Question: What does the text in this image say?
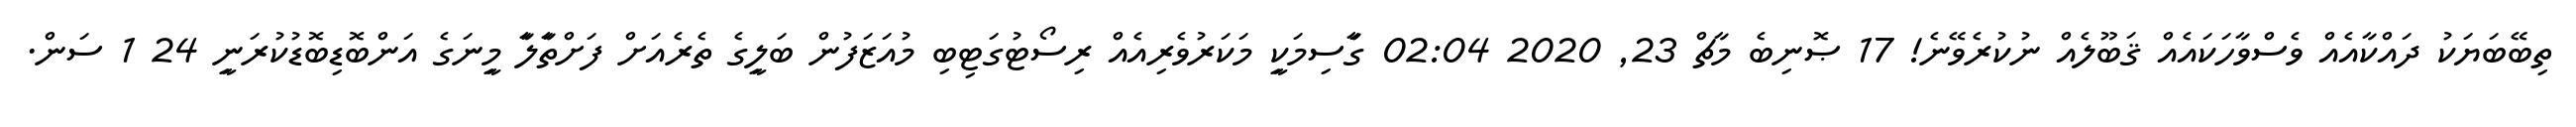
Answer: ތިބޭބަޔަކު ދައްކާއެއް ވެސްވާހަކައެއް ޤަބޫލެއް ނުކުރެވޭނެ! 17 ޞޮނިބެ މާޗް 23, 2020 02:04 ގަާސިމަކިީ މަކަރުވެރިއެއް ރިސޯޓުގަޓިބި މުއަޒަފުން ބަލިީގެ ތެރެއަށް ފަށްތަާލަާ މިީނަގެ އަންބޮޑިބޮޑުކުރަނިީ 24 1 ސަން.